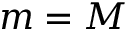
m = M